Note on the mental hospitals in Burma - 1925-1940
Year: 1925
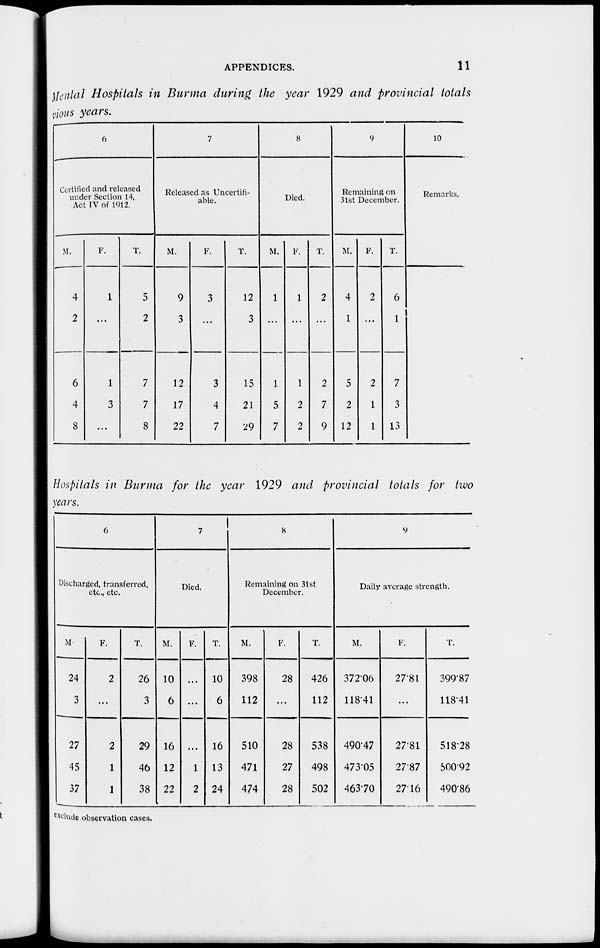
APPENDICES.
11
Mental Hospitals in Burma during the year 1929 and provincial totals
vious years.
6
Certified and released
under Section 14,
Act IV of 1912.
M.
4
2
6
4
8
F.
1
...
1
3
...
T.
5
2
7
7
8
7
Released as Uncertifi-
able.
M.
9
3
12
17
22
F.
3
...
3
4
7
T.
12
3
15
21
29
8
Died.
M.
1
...
1
5
7
F.
1
...
1
2
2
T.
2
...
2
7
9
9
Remaining on
31st December.
M.
4
1
5
2
12
F.
2
...
2
1
1
T.
6
1
7
3
13
10
Remarks.
Hospitals in Burma for the year 1929 and provincial totals for two
years.
6
Discharged, transferred,
etc., etc.
M.
24
3
27
45
37
F.
2
...
2
1
1
T.
26
3
29
46
38
7
Died.
M.
10
6
16
12
22
F.
...
...
...
1
2
T.
10
6
16
13
24
8
Remaining on 31st
December.
M.
398
112
510
471
474
F.
28
...
28
27
28
T.
426
112
538
498
502
9
Daily average strength.
M.
372.06
118.41
490.47
473.05
463.70
F.
27.81
...
27.81
27.87
27.16
T.
399.87
118.41
518.28
500.92
490.86
exclude observation cases.